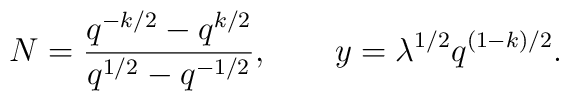
N = {q^{-k/2} - q^{k/2}\over q^{1/2} - q^{-1/2}} , \qquad  y = \lambda^{1/2} q^{(1-k)/2}  .